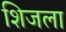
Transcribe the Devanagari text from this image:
शिजला